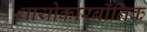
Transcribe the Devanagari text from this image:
थायोकारबॉनिक